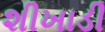
શીખાડી